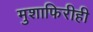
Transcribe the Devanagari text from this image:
मुशाफिरीही